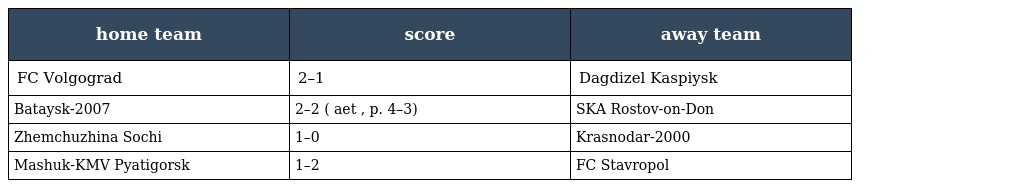
| home team | score | away team |
 | --- | --- | --- |
 | FC Volgograd | 2–1 | Dagdizel Kaspiysk |
 | Bataysk-2007 | 2–2 ( aet , p. 4–3) | SKA Rostov-on-Don |
 | Zhemchuzhina Sochi | 1–0 | Krasnodar-2000 |
 | Mashuk-KMV Pyatigorsk | 1–2 | FC Stavropol |